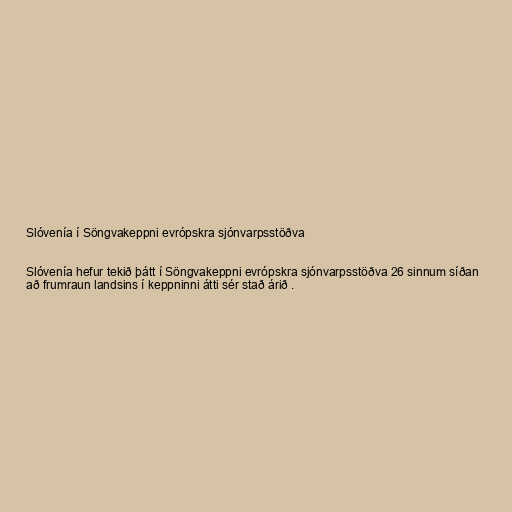
Slóvenía í Söngvakeppni evrópskra sjónvarpsstöðva

Slóvenía hefur tekið þátt í Söngvakeppni evrópskra sjónvarpsstöðva 26 sinnum síðan
að frumraun landsins í keppninni átti sér stað árið .